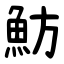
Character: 魴